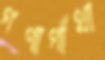
গণাগাঁথা